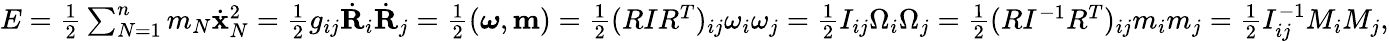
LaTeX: \begin{array}{r}{E=\frac 12\sum_{N=1}^{n}m_{N}\dot{\mathbf x}_{N}^{2}=\frac 12g_{ij}\dot{\mathbf R}_{i}\dot{\mathbf R}_{j}=\frac 12({\boldsymbol\omega},{\mathbf m})=\frac 12(RIR^{T})_{ij}\omega_{i}\omega_{j}=\frac 12I_{ij}\Omega_{i}\Omega_{j}=\frac 12(RI^{-1}R^{T})_{ij}m_{i}m_{j}=\frac 12I_{ij}^{-1}M_{i}M_{j},}\end{array}